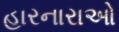
હારનારાઓ